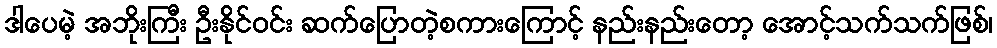
ဒါပေမဲ့ အဘိုးကြီး ဦးနိုင်ဝင်း ဆက်ပြောတဲ့စကားကြောင့် နည်းနည်းတော့ အောင့်သက်သက်ဖြစ်၊